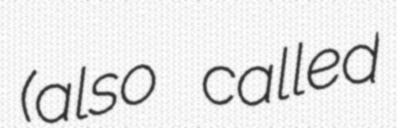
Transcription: (also called